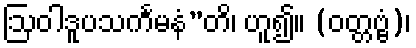
ဩဝါဒူပသင်္ကမနံ”တိ၊ ဟူ၍။ (ဝတ္တဗ္ဗံ)၊